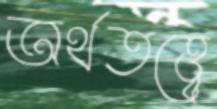
অর্থতত্ত্বে